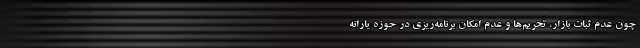
چون عدم ثبات بازار، تحریم‌ها و عدم امکان برنامه‌ریزی در حوزه یارانه